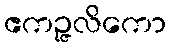
ဧကဉ္ဇလိကော